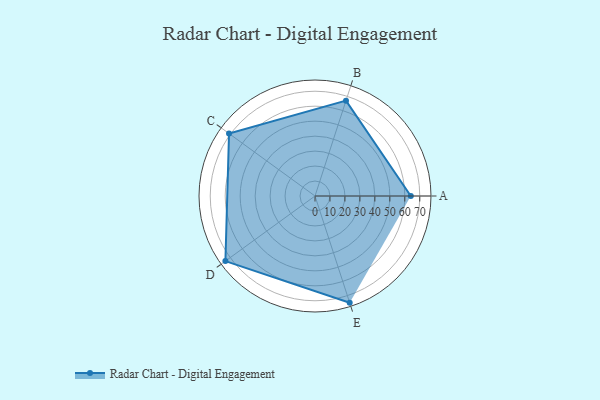
{"axis": {"x": "Skill", "y": "Score"}, "legend": ["Profile"], "data": [{"x": "A", "y": 64.0, "type": "Profile"}, {"x": "B", "y": 67.0, "type": "Profile"}, {"x": "C", "y": 71.0, "type": "Profile"}, {"x": "D", "y": 74.0, "type": "Profile"}, {"x": "E", "y": 75.0, "type": "Profile"}]}